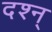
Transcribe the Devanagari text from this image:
दश्न्